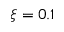
\xi = 0 . 1